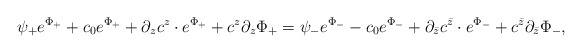
\begin{align*}\psi_{+}e^{\Phi_{+}} + c_{0}e^{\Phi_{+}} + \partial_{z} c^{z} \cdot e^{\Phi_{+}} + c^{z}\partial_{z}\Phi_{+} = \psi_{-}e^{\Phi_{-}} - c_{0}e^{\Phi_{-}} + \partial_{\bar{z}} c^{\bar{z}} \cdot e^{\Phi_{-}} + c^{\bar{z}}\partial_{\bar{z}}\Phi_{-},\end{align*}